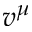
v ^ { \mu }